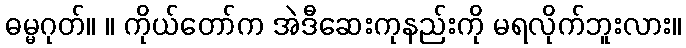
ဓမ္မဂုတ်။ ။ ကိုယ်တော်က အဲဒီဆေးကုနည်းကို မရလိုက်ဘူးလား။